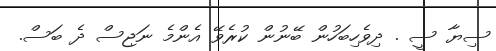
ސިޔާ ސީ . ދިވެހިބަހުން ބޭނުން ކުރެވޭ އެންމެ ނަޖިސް ދެ ބަސް.